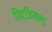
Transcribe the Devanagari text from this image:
फिट्जिराल्ड